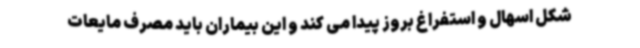
شکل اسهال و استفراغ بروز پیدا می کند و این بیماران باید مصرف مایعات